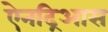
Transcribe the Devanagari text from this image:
ऐनद्रिआस